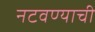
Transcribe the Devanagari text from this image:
नटवण्याची